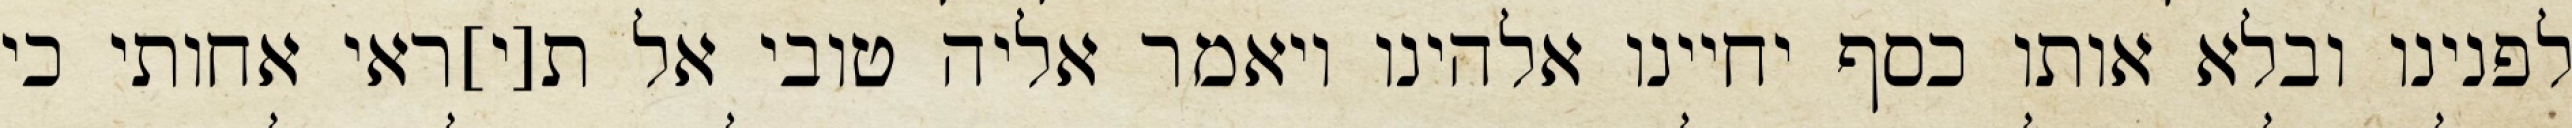
לפנינו ובלא אותו כסף יחיינו אלהינו ויאמר אליה טובי אל ת[י]ראי אחותי כי